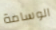
الوسامة